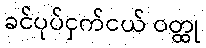
ခင်ပုပ်ငှက်ငယ် ဝတ္ထု